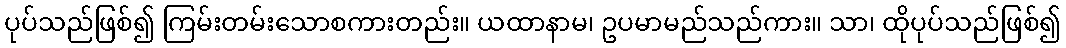
ပုပ်သည်ဖြစ်၍ ကြမ်းတမ်းသောစကားတည်း။ ယထာနာမ၊ ဥပမာမည်သည်ကား။ သာ၊ ထိုပုပ်သည်ဖြစ်၍